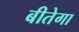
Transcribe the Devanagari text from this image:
बीतेगा